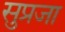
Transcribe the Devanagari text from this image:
सुप्रजा